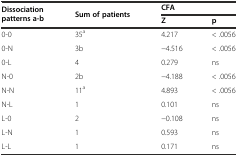
| <ROWSPAN=2> Dissociation patterns a-b | <ROWSPAN=2> Sum of patients | <COLSPAN=2> CFA |
 | Z | p |
 | --- | --- | --- | --- |
 | 0-0 | 35a | 4.217 | < .0056 |
 | 0-N | 3b | −4.516 | < .0056 |
 | 0-L | 4 | 0.279 | ns |
 | N-0 | 2b | −4.188 | < .0056 |
 | N-N | 11a | 4.893 | < .0056 |
 | N-L | 1 | 0.101 | ns |
 | L-0 | 2 | −0.108 | ns |
 | L-N | 1 | 0.593 | ns |
 | L-L | 1 | 0.171 | ns |